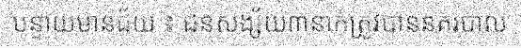
បន្ទាយមានជ័យ ៖ ជនសង្ស័យ៣នាក់ត្រូវបាននគរបាល